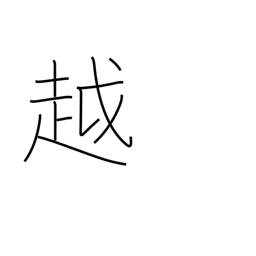
Meaning: move to